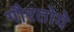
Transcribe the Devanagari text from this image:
गौरतोये